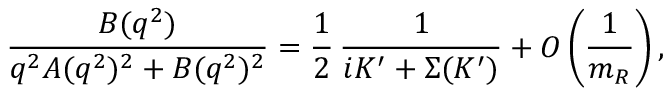
\frac { B ( q ^ { 2 } ) } { q ^ { 2 } A ( q ^ { 2 } ) ^ { 2 } + B ( q ^ { 2 } ) ^ { 2 } } = \frac { 1 } { 2 } \, \frac { 1 } { i K ^ { \prime } + \Sigma ( K ^ { \prime } ) } + O \left( \frac { 1 } { m _ { R } } \right) ,